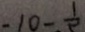
- 1 0 - \frac { 1 } { 5 }